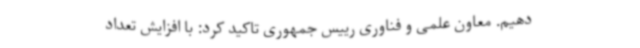
دهیم. معاون علمی و فناوری رییس جمهوری تاکید کرد: با افزایش تعداد